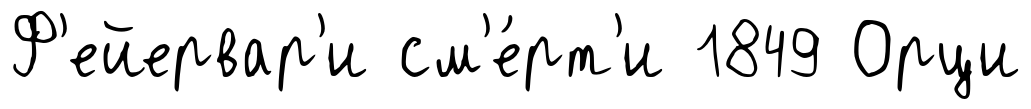
Ф'ейервар'и см'е́рт'и 1849 Орци